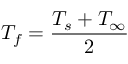
{ { T } _ { f } } = { \frac { { { T } _ { s } } + { { T } _ { \infty } } } { 2 } }